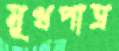
মূখপাত্র